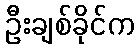
ဦးချစ်ခိုင်က